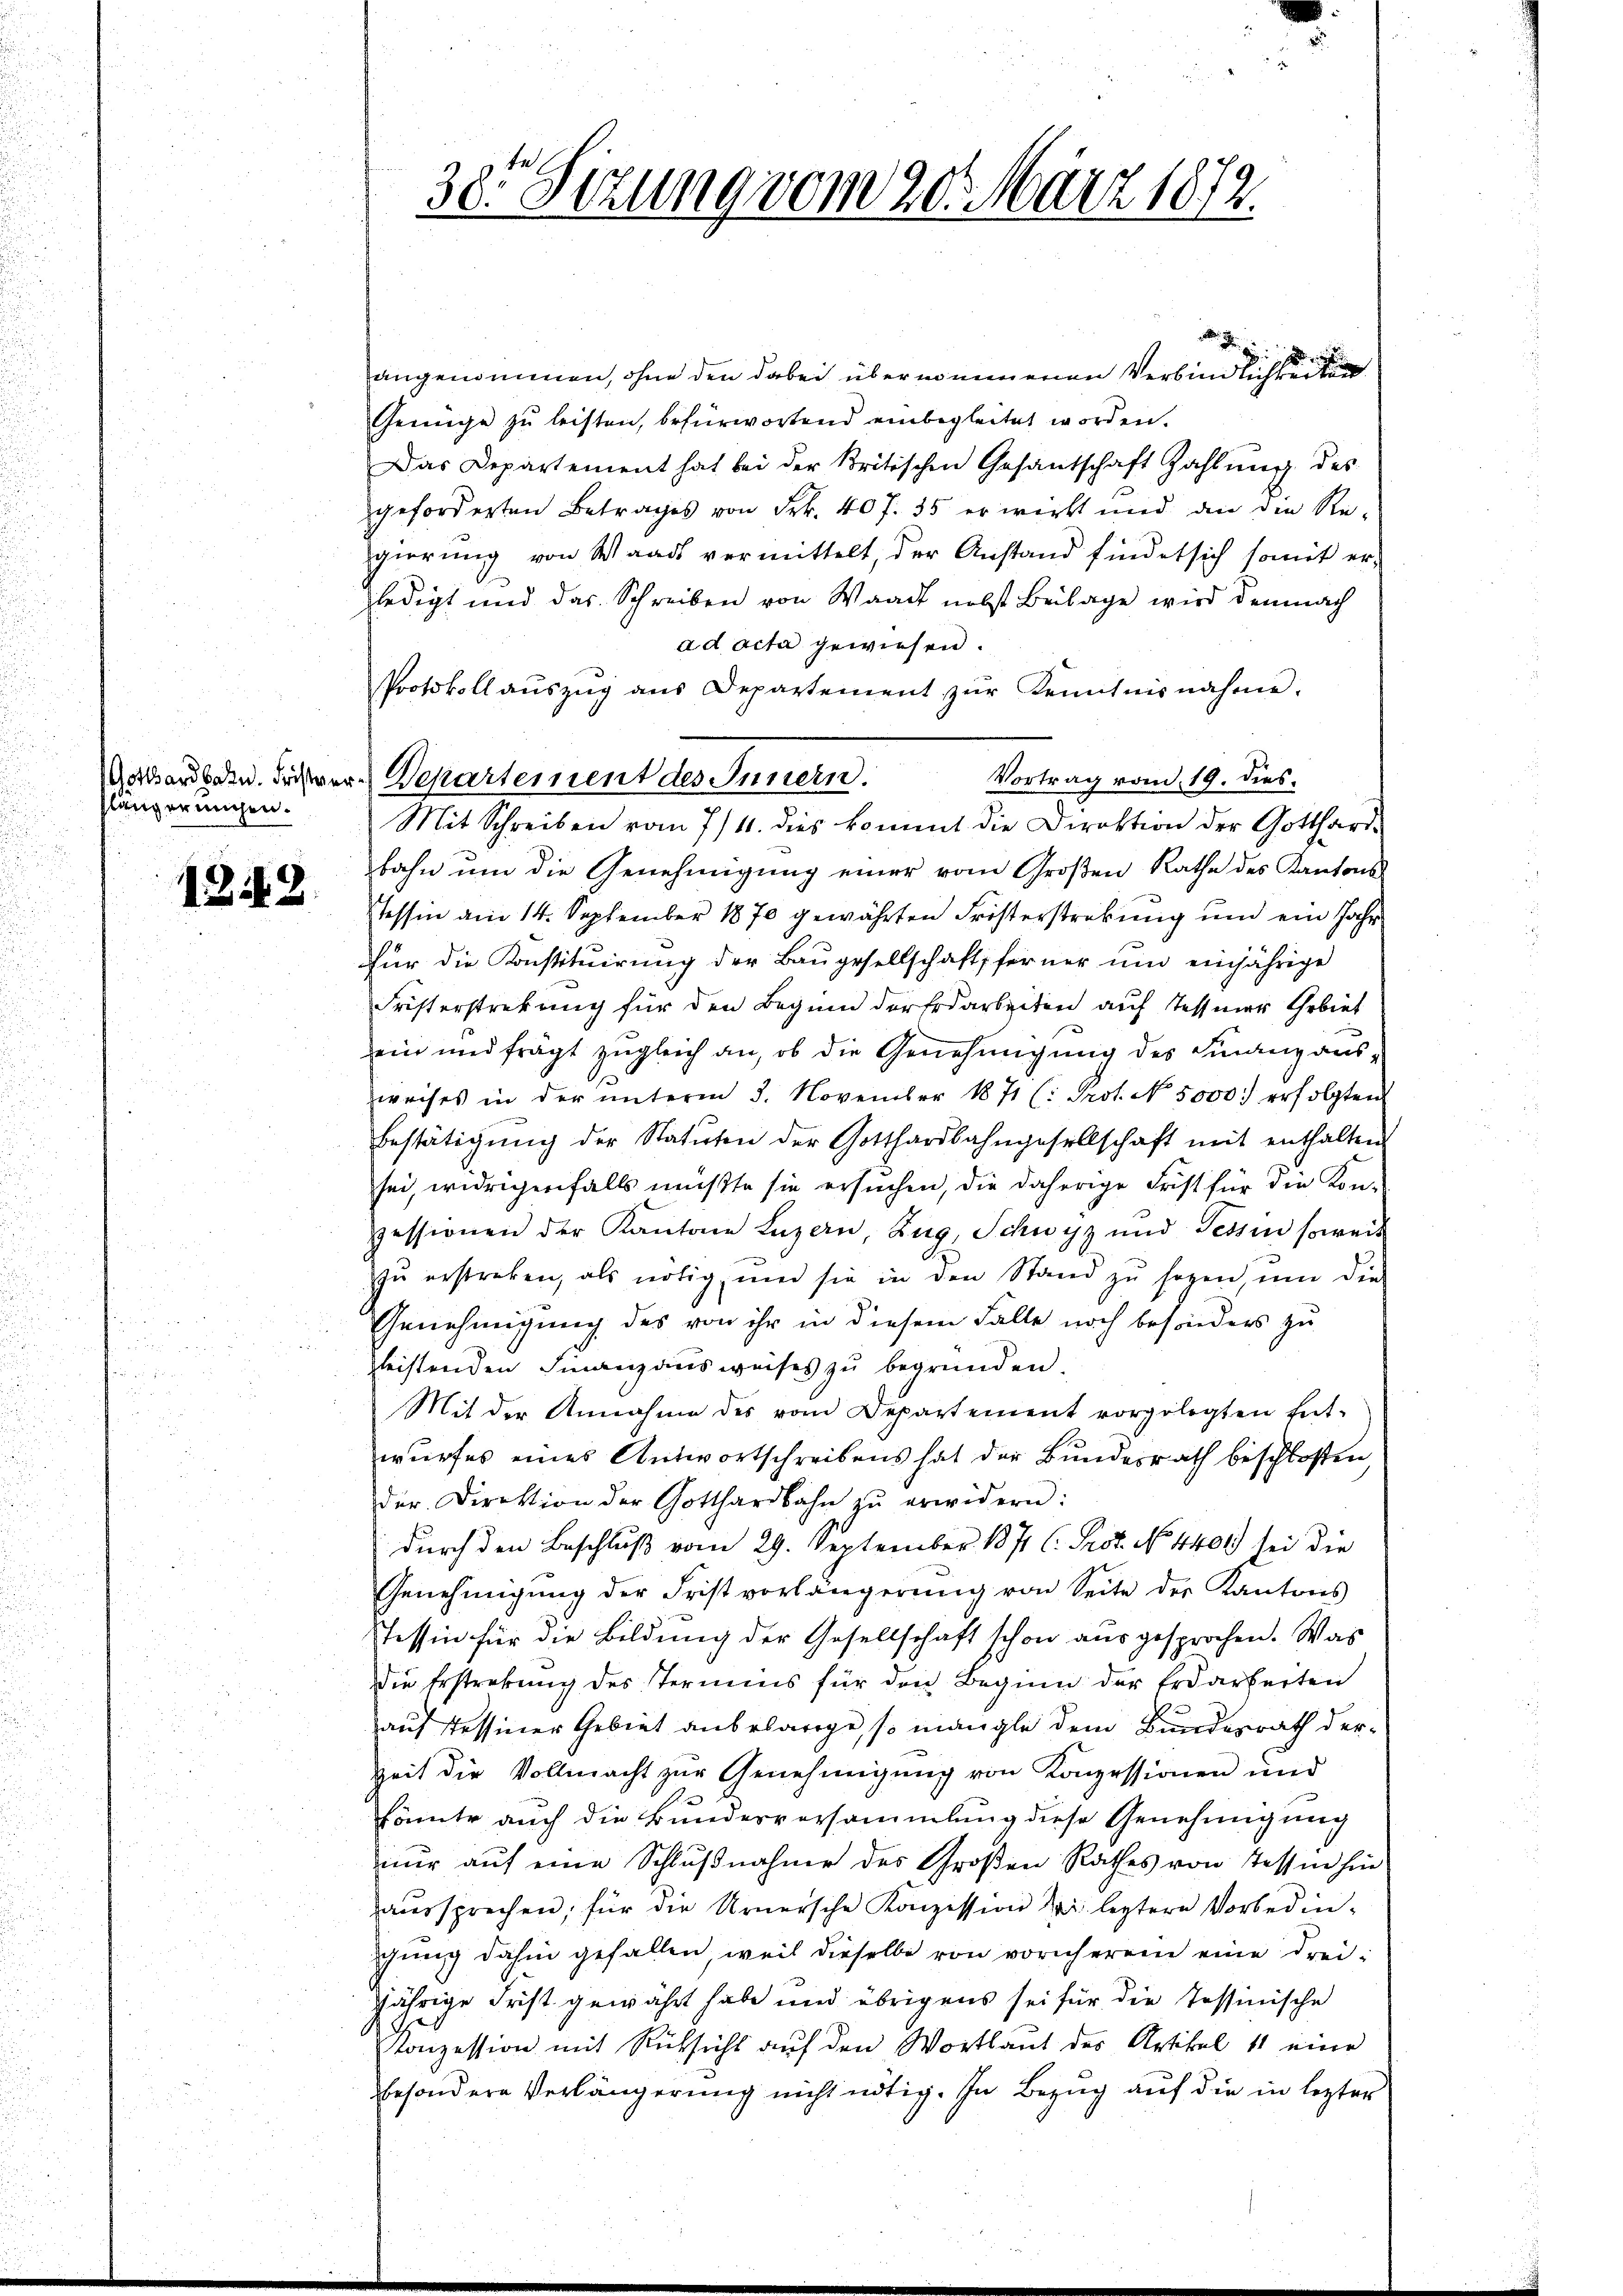
längereichen.

1812.

38. Sitzung vom 20. März 1879.

.
p
angenommen, ohne den dabei übernommenen Verbindlichkeite
Genüge zu leisten, befürwortend einbegleitet worden.
Das Departement hat bei der kritischen Gesantschaft Zahlŭng des
geforderten Betrages von Frk. 40 f. 35 erwirkt und an die Re-
gierŭng von Waadt vermittelt, der Anstand findet sich somit er-
ledigt und das Schreiben von Waadt nebst Beilage wird demnach
ad acta gewiesen.
Protokoll aŭszŭg aŭs Departement zŭr Kenntnisnahme.
Vortrag vom 19. dies
Mit Schreiben vom 7/4. dies kommt die Direktion der Gotthardbahn um die Genehmigung einer vom Großen Rathe des Kantons
Tessin am 14. September 1870 gewährten Fristerstrebung und ein Jahr
Für die Konstituirung der Baugesellschaft ferner und einjährige
Fristerstrekung für den Beginn der Erdarbeiten auf Tessier Gebiet
ein und frägt zugleich an, ob die Genehmigung des Finanz aus
weises in der ŭnterm 3. November 1871 (: Prot. N. 5000. erfolgten
Bestätigŭng der Statuten der Gotthardbahngesellschaft mit enthalten
sei, widrigenfalls mußte sie ersuchen, die daherige Frist für die Kon-
pessionen der Kantone Luzern, Zug, Schwyz und Tessin soweit
zŭ erstreben, als nötig, und sie in den Stand zŭ sogen, ŭm die
Genehmigung des von ihr in diesem Falle noch besonders zu
zleistenden Finanzausweises zu begründen.
Mit der Annahme des vom Departement vorgelegten Ent-
wurfes eines Antwortschreibens hat der Bundesrath beschloßen
der Direktion der Gotthardbahn zŭ erwidern:
durch den Beschluß vom 29. September 1871 C. Prof. No 4400 sei die
Genehmigŭng der Fristvorlängerŭng von Seite der Kantons
Tessin für die Bildung der Gesellschaft schon ausgesprochen. Was
die Erstrebung des Termins für den Beginn der Erdarbeiten
auf stessiner Gebiet anbelarrge, so mangle dem Bundesrath derzeit die Vollmacht zur Genehmigung von Konzessionen und
könnte auch die Bundesversammlung diese Genehmigung
nur auf eine Schlŭβnahme des Großen Rathes von Tessin hin
aussprechen; für die Urnersche Konzession der leztere Vorbedingung dahin gefallen, weil dieselbe von vornherem eine drei
jährige Frist gewährt habe und übrigens sei für die Tessinische
Konzession mit Rücksicht auf den Wortlaut des Artikel 11 eine
besondere Verlängerung nicht nötig. In Bezug auf die in lezter

obarden. Frister Departement des Innern.